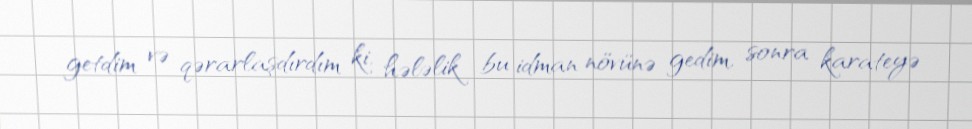
getdim və qərarlaşdırdım ki, hələlik bu idman növünə gedim, sonra karateyə